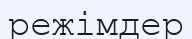
режімдер